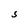
Character: S